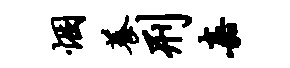
悃养刑嘉